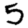
Digit: 5